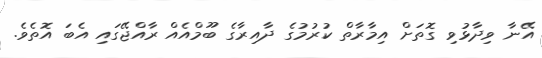
އޭނާ ވިދާޅުވި ގޮތަށް އިމާރާތް ކުރުމުގެ ދާއިރާގެ ބޫމްއެއް ރާއްޖޭގައި އެބަ އޮތެވެ.